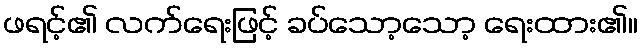
ဖရင့်၏ လက်ရေးဖြင့် ခပ်သော့သော့ ရေးထား၏။